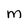
Character: M